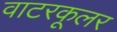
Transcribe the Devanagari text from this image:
वाटरकूलर